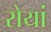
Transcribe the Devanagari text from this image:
रोयां